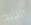
الليلة